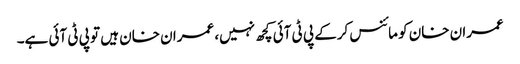
عمران خان کو مائنس کرکے پی ٹی آئی کچھ نہیں، عمران خان ہیں تو پی ٹی آئی ہے۔